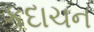
કદાચન